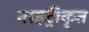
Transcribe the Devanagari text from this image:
नाइट्रीकृत